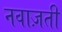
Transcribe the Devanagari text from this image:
नवाज़ती